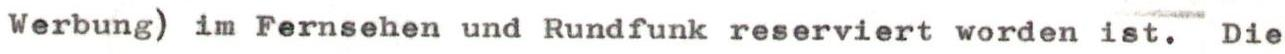
Werbung) im Fernsehen und Rundfunk reserviert worden ist. Die